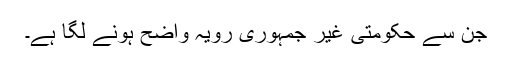
جن سے حکومتی غیر جمہوری رویہ واضح ہونے لگا ہے۔